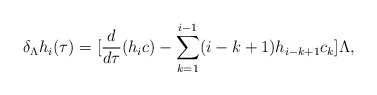
\begin{align*}\delta_{\Lambda}h_{i}(\tau)=[\frac{d}{d \tau}(h_{i}c)-\sum_{k=1}^{i-1} (i-k+1) h_{i-k+1} c_{k}] \Lambda,\end{align*}